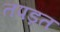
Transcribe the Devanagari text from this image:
तपड़त